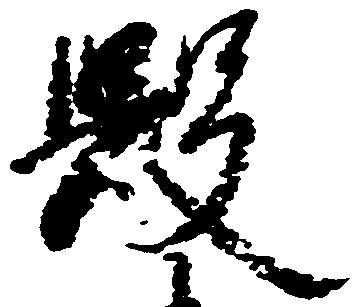
毀